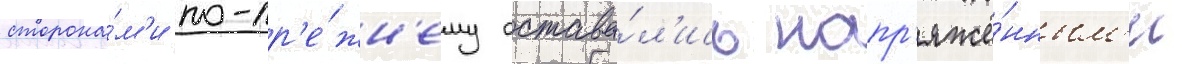
сторона́м'и по-пр'е́жн'ему остава́л'ись напр'яжё́нным'и